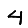
Digit: 4